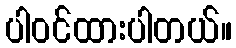
ပါဝင်ထားပါတယ်။